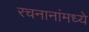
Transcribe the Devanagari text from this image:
रचनानांमध्ये